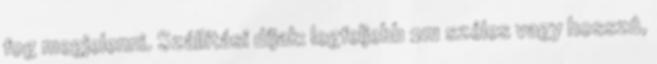
fog megjelenni. Szállítási díjak: legfeljebb 2m széles vagy hosszú,